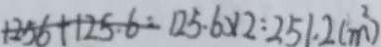
1 2 5 . 6 \times 2 = 2 5 1 . 2 ( m ^ { 2 } )